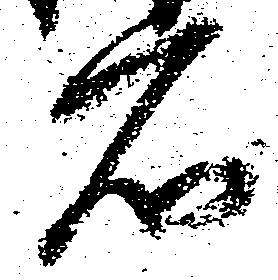
石